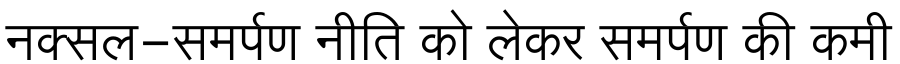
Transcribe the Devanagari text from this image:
नक्सल-समर्पण नीति को लेकर समर्पण की कमी